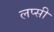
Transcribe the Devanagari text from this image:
लप्सी